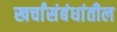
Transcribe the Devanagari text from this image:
खर्चांसंबंधांतील